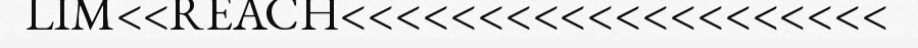
LIM<<REACH<<<<<<<<<<<<<<<<<<<<